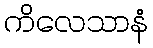
ကိလေသာနံ